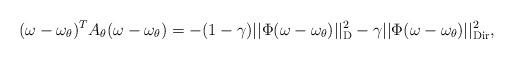
LaTeX: \begin{align*} (\omega - \omega_{\theta})^T A_{\theta} (\omega - \omega_{\theta}) = -(1-\gamma) ||\Phi (\omega - \omega_{\theta})||_{\rm D}^2 - \gamma || \Phi (\omega - \omega_{\theta})||_{\rm Dir}^2, \end{align*}